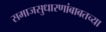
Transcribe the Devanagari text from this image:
समाजसुधारणांबाबतच्या